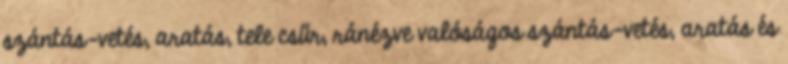
szántás-vetés, aratás, tele csűr, ránézve valóságos szántás-vetés, aratás és